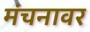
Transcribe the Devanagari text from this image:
मंचनावर